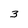
Character: 3